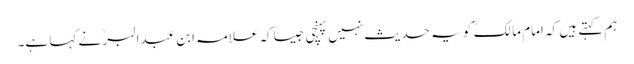
ہم کہتے ہیں کہ امام مالک ؒ کو یہ حدیث نہیں پہنچی جیساکہ علامہ ابن عبدالبرؒ نے کہا ہے۔